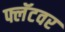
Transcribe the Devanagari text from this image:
फ्लॅटवर